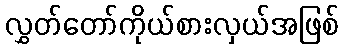
လွှတ်တော်ကိုယ်စားလှယ်အဖြစ်